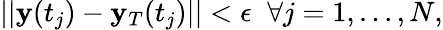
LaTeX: ||\mathbf{y}(t_{j})-\mathbf{y}_{T}(t_{j})||<\epsilon\; \; \forall j=1,...,N,